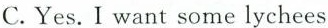
C.Yes. I want some lychees